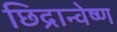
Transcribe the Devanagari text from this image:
छिद्रान्वेष्ण